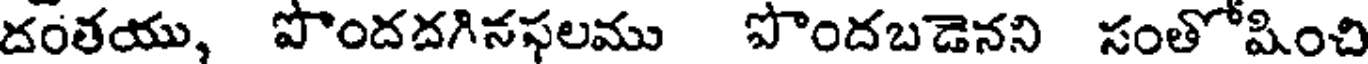
దంతయు, పొందదగినఫలము పొందబడెనని సంతోషించి